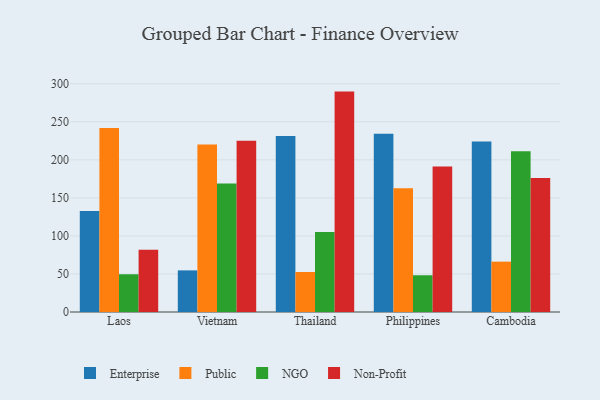
{"axis": {"x": "Country", "y": "Budget (USD K)"}, "legend": ["Enterprise", "NGO", "Non-Profit", "Public"], "data": [{"x": "Laos", "y": 132.7, "type": "Enterprise"}, {"x": "Laos", "y": 241.7, "type": "Public"}, {"x": "Laos", "y": 49.6, "type": "NGO"}, {"x": "Laos", "y": 81.7, "type": "Non-Profit"}, {"x": "Vietnam", "y": 54.7, "type": "Enterprise"}, {"x": "Vietnam", "y": 220.3, "type": "Public"}, {"x": "Vietnam", "y": 168.9, "type": "NGO"}, {"x": "Vietnam", "y": 225.2, "type": "Non-Profit"}, {"x": "Thailand", "y": 231.5, "type": "Enterprise"}, {"x": "Thailand", "y": 52.6, "type": "Public"}, {"x": "Thailand", "y": 105.1, "type": "NGO"}, {"x": "Thailand", "y": 289.7, "type": "Non-Profit"}, {"x": "Philippines", "y": 234.4, "type": "Enterprise"}, {"x": "Philippines", "y": 162.8, "type": "Public"}, {"x": "Philippines", "y": 48.3, "type": "NGO"}, {"x": "Philippines", "y": 191.3, "type": "Non-Profit"}, {"x": "Cambodia", "y": 224.2, "type": "Enterprise"}, {"x": "Cambodia", "y": 66.2, "type": "Public"}, {"x": "Cambodia", "y": 211.3, "type": "NGO"}, {"x": "Cambodia", "y": 176.2, "type": "Non-Profit"}]}